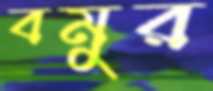
বমুর